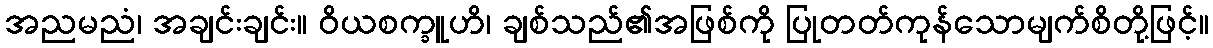
အညမညံ၊ အချင်းချင်း။ ဝိယစက္ခူဟိ၊ ချစ်သည်၏အဖြစ်ကို ပြုတတ်ကုန်သောမျက်စိတို့ဖြင့်။